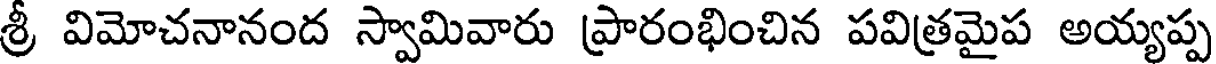
శ్రీ విమోచనానంద స్వామివారు ప్రారంభించిన పవిత్రమైప అయ్యప్ప